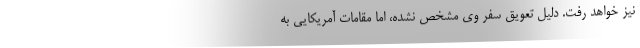
نیز خواهد رفت. دلیل تعویق سفر وی مشخص نشده، اما مقامات آمریکایی به